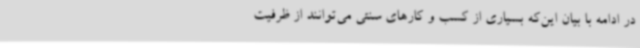
در ادامه با بیان این‌که بسیاری از کسب و کارهای سنتی می‌توانند از ظرفیت